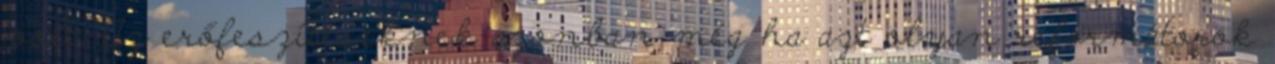
volt. Az erőfeszítéseknek azonban még ha azt olyan reformátorok